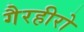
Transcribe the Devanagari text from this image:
गैरहीरो